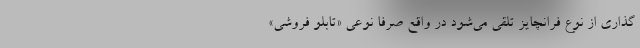
‌گذاری از نوع فرانچایز تلقی می‌شود در واقع صرفا نوعی «تابلو فروشی»